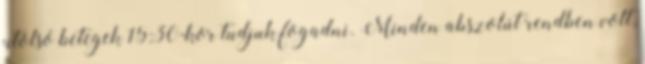
utolsó betegek 15:30-kor tudjuk fogadni. Minden abszolút rendben volt,